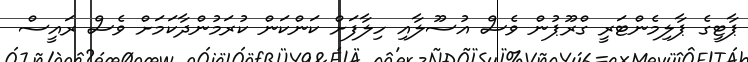
ޕާޓީގެ ޕާލިމެންޓަރީ ގްރޫޕުން ވެސް އުސޫލާއި ހިލާފަށް ކަންކަން ކުރަމުންދާކަމަށް ވެސް ރައީސް